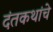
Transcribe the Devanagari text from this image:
दंतकथांचे